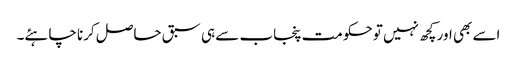
اسے بھی اور کچھ نہیں تو حکومت پنجاب سے ہی سبق حاصل کرنا چاہئے۔